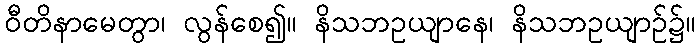
ဝီတိနာမေတွာ၊ လွန်စေ၍။ နိသဘဥယျာနေ၊ နိသဘဥယျာဉ်၌။